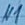
Text: N1